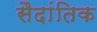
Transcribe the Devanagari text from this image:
सैदांतिक